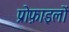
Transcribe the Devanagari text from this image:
प्रोफ़ाइलों